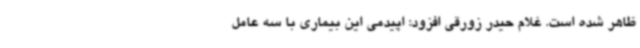
ظاهر شده است. غلام حیدر زورقی افزود: اپیدمی این بیماری با سه عامل